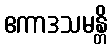
ဧကာဒသမန္တိ